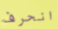
انحرف